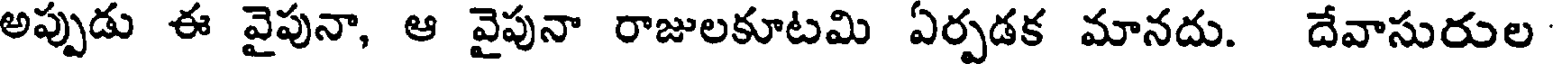
అప్పుడు ఈ వైపునా, ఆ వైపునా రాజులకూటమి ఏర్పడక మానదు. దేవాసురుల